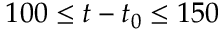
1 0 0 \leq t - t _ { 0 } \leq 1 5 0